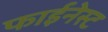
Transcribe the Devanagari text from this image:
फाईनेस्ट